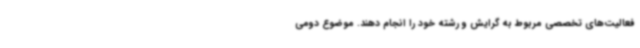
فعالیت‌های تخصصی مربوط به گرایش و رشته خود را انجام دهند. موضوع دومی